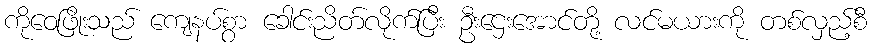
ကိုဝေဖြိုးသည် ကျေနပ်စွာ ခေါင်းညိတ်လိုက်ပြီး ဦးဌေးအောင်တို့ လင်မယားကို တစ်လှည့်စီ